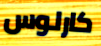
كارلوس